Burma Government Medical School reports 1923-41
Year: 1923
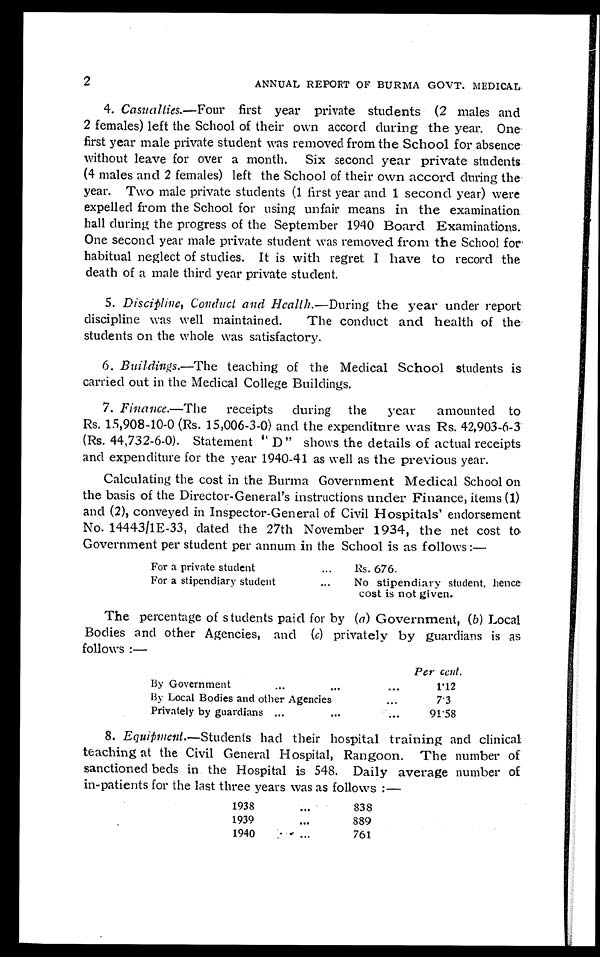
2
ANNUAL REPORT OF BURMA GOVT. MEDICAL
4.
Casualties.— Four
first year private students (2 males and
2 females) left the School of their own accord during the year. One
first year male private student was removed from the School for absence
without leave for over a month. Six second year private students
(4 males and 2 females) left the School of their own accord during the
year. Two male private students (1 first year and 1 second year) were
expelled from the School for using unfair means in the examination.
hall during the progress of the September 1940 Board Examinations.
One second year male private student was removed from the School for
habitual neglect of studies. It is with regret I have to record the
death of a male third year private student.
5.
Discipline, Conduct and Health.— During the year under report
discipline was well maintained. The conduct and health of the
students on the whole was satisfactory.
6.
Buildings.—The teaching of the Medical School students is
carried out in the Medical College Buildings.
7.
Finance.— The
receipts during the year amounted to
Rs. 15,908-10-0 (Rs. 15,006-3-0) and the expenditure was Rs. 42,903-6-3
(Rs. 44,732-6-0). Statement "D" shows the details of actual receipts
and expenditure for the year 1940-41 as well as the previous year.
Calculating the cost in the Burma Government Medical School on
the basis of the Director-General's instructions under Finance, items (1)
and (2), conveyed in Inspector-General of Civil Hospitals' endorsement
No. 14443/1E-33, dated the 27th November 1934, the net cost to.
Government per student per annum in the School is as follows:—
For a private student . . .
Rs. 676.
For a stipendiary student . . .
No stipendiary student, hence
cost is not given.
The percentage of students paid for by (a) Government, (b) Local
Bodies and other Agencies, and (c) privately by guardians is as
follows:—
Per cent.
By Government . . .
1.12
By Local Bodies and other Agencies . . .
7.3
Privately by guardians . . .
91.58
8.
Equipment.— Students had their hospital training and clinical
teaching at the Civil General Hospital, Rangoon. The number of
sanctioned beds in the Hospital is 548. Daily average number of
in-patients for the last three years was as follows:—
1938 . . .
838
1939 . . .
889
1940 . . .
761